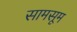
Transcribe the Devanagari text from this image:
सामसूम